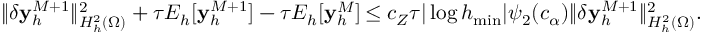
\| \delta \mathbf { y } _ { h } ^ { M + 1 } \| _ { H _ { h } ^ { 2 } ( \Omega ) } ^ { 2 } + \tau E _ { h } [ \mathbf { y } _ { h } ^ { M + 1 } ] - \tau E _ { h } [ \mathbf { y } _ { h } ^ { M } ] \, { \le c _ { Z } } \tau | \log h _ { \operatorname* { m i n } } | \psi _ { 2 } ( c _ { \alpha } ) \| \delta \mathbf { y } _ { h } ^ { M + 1 } \| _ { H _ { h } ^ { 2 } ( \Omega ) } ^ { 2 } .